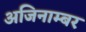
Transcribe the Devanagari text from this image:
अजिनाम्बर